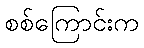
စစ်ကြောင်းက